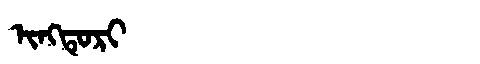
Manchu: ᡳᠩᡨᡠᡵᡳ
Romanization: INGTURI